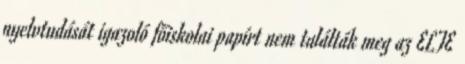
nyelvtudását igazoló főiskolai papírt nem találták meg az ELTE